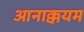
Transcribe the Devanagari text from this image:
आनाक्कयम